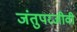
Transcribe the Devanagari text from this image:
जंतुपरजीवी